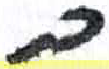
אות: ב